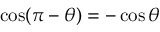
\cos ( \pi - \theta ) = - \cos \theta